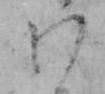
わ